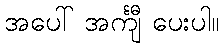
အပေါ် အင်္ကျီ ပေးပါ။